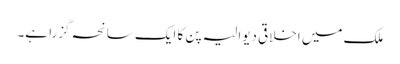
ملک میں اخلاقی دیوالیہ پن کا ایک سانحہ گزرا ہے۔